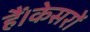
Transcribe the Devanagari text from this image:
हैं।केसरों